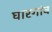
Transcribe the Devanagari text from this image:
घारगांव